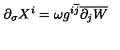
\partial _ { \sigma } X ^ { i } = \omega g ^ { i \overline { { j } } } \overline { { \partial _ { j } W } }